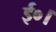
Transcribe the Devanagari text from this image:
ई०।